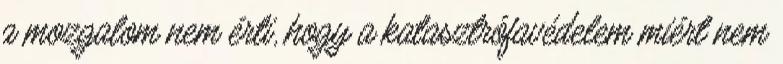
a mozgalom nem érti, hogy a katasztrófavédelem miért nem